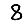
Digit: 8